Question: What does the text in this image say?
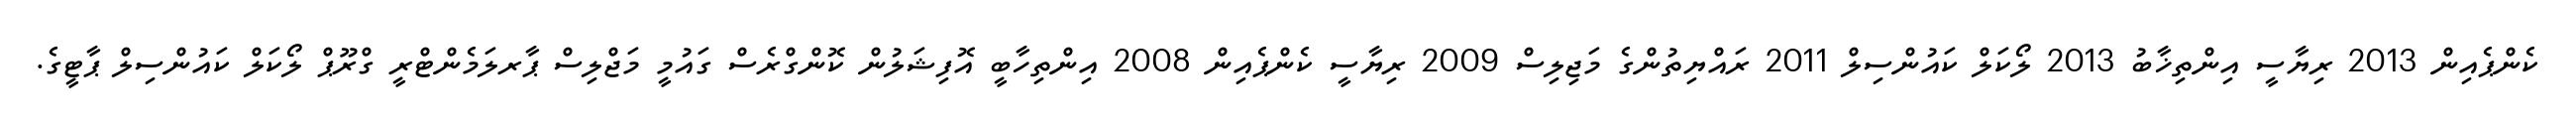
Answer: ކެންޕެއިން 2013 ރިޔާސީ އިންތިޚާބު 2013 ލޯކަލް ކައުންސިލް 2011 ރައްޔިތުންގެ މަޖިލިސް 2009 ރިޔާސީ ކެންޕެއިން 2008 އިންތިހާބީ އޮފިޝަލުން ކޮންގްރެސް ގައުމީ މަޖްލިސް ޕާރލަމެންޓްރީ ގްރޫޕް ލޯކަލް ކައުންސިލް ޕާޓީގެ.